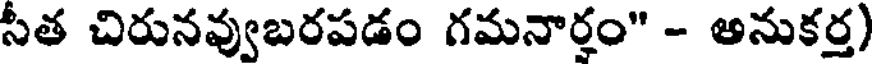
సీత చిరునవ్వుబరపడం గమనార్హం" - అనుకర్త)